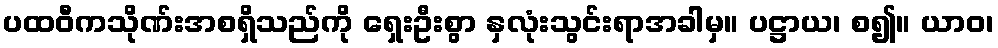
ပထဝီကသိုဏ်းအစရှိသည်ကို ရှေးဦးစွာ နှလုံးသွင်းရာအခါမှ။ ပဋ္ဌာယ၊ စ၍။ ယာဝ၊